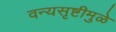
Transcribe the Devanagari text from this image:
वन्यसृष्टीमुळे